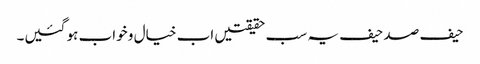
حیف صد حیف یہ سب حقیقتیں اب خیال و خواب ہو گئیں۔